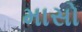
માસો